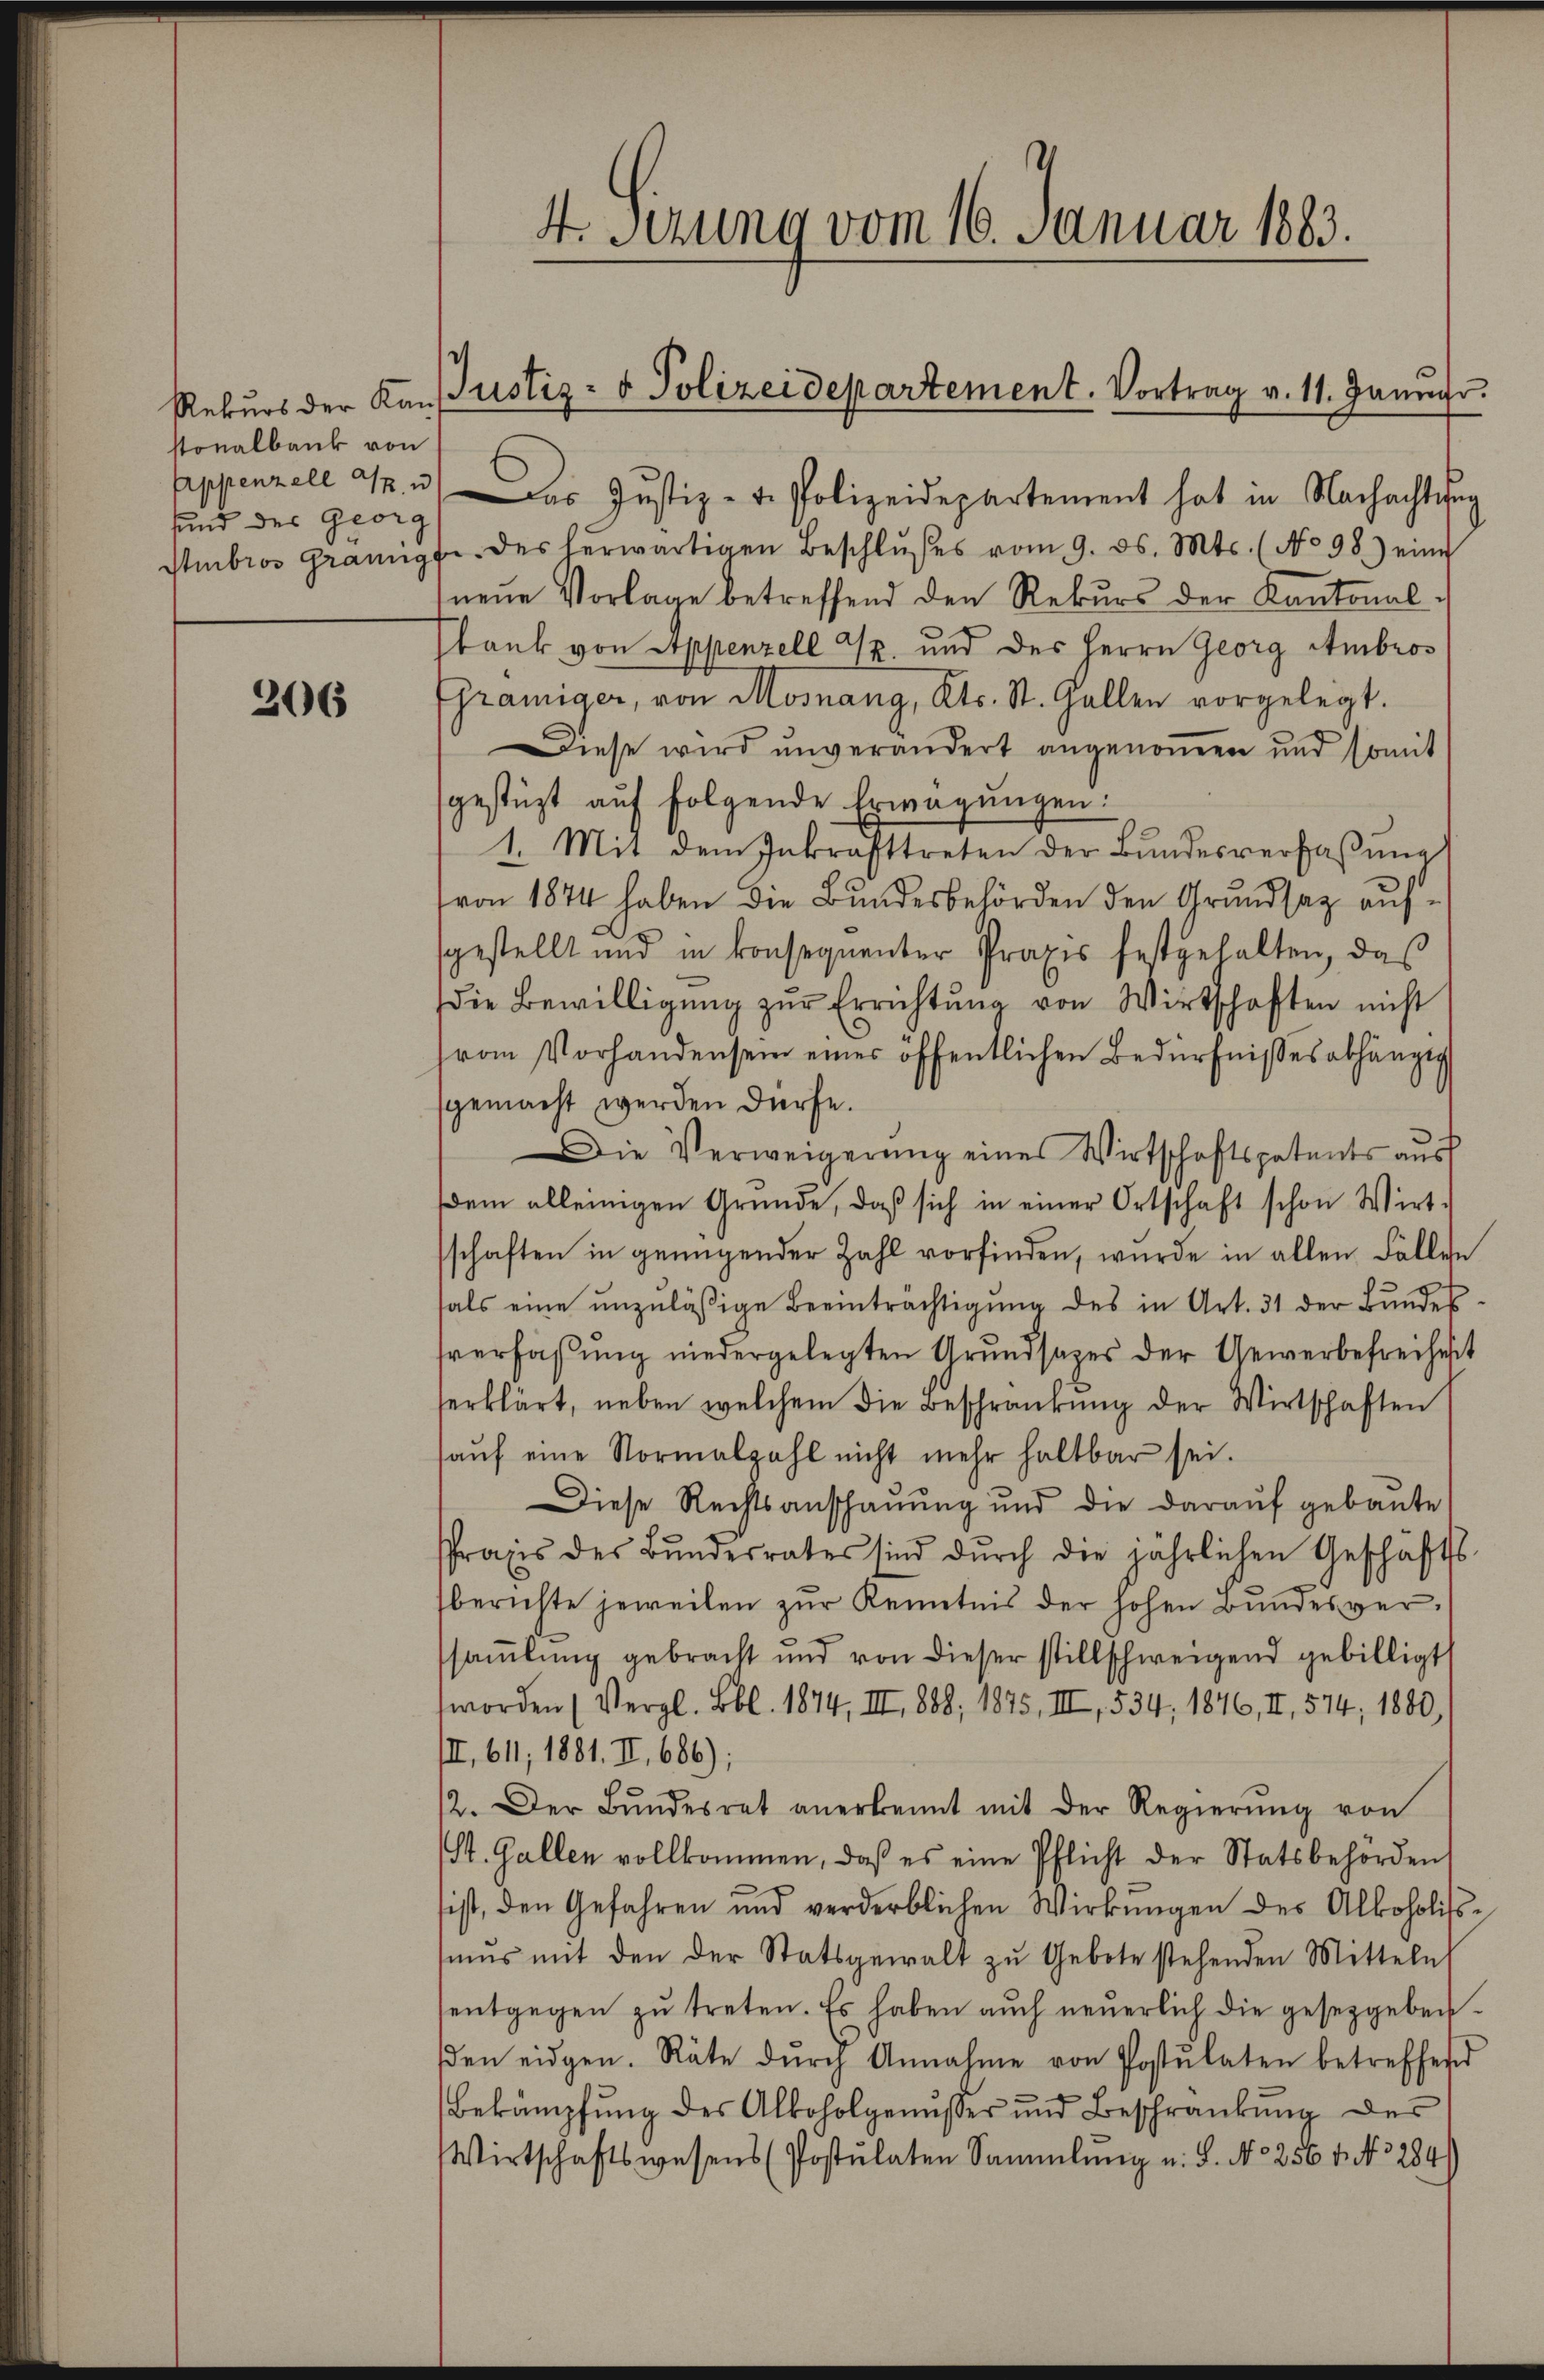
stonalbank von
sund des Georg

206

c
Rekŭrs der Konfustiz- & Polizeidepartement. Vortrag v. 11. Januar.

4. Setzung vom 16. Januar 1883.

Appenzell a. u. das Justiz- u. Polizeidepartement hat in Nachachtung
Stmbros granipfe des herwärtigen Beschlŭβes vom 9. ds. Mts. (No 98.) eine
neue Vorlage betreffend den Rekurs der Kantonalsbank von Appenzell S. und des Herrn Georg Ambros
Ehramiger, von Mosnang, Kts. St. Gallen vorgelegt.
Diese wird unverändert angenoṁen und somit
gestüzt auf folgende Erwägungen:
1. Mit dem Inkrafttreten der Bundesverfaßung
von 1874 haben die Bundesbehörden den Grundsaz aufsgestellt und in konsequenter Praxis festgehalten, daß
die Bewilligŭng zŭr Errichtŭng von Wirtschaften nicht
vom Vorhandensein einer öffentlichen Bedürfnisses abhänge
sgemacht werden dürfe.
Die Verweigerŭng eines Wirtschaftspatents ausf
dem alleinigen Gründe, daβ sich in einer Ortschaft schon Wirt-
schaften in genügender Zahl vorfinden, wurde in allen Fällen
fals eine unzuläßige Beeinträchtigŭng des in Art. 31 der Bŭndes
sverfaßung niedergelegten Grundsatzes der Gewerbefreiheit
serklärt, neben welchem die Beschränkung der Wirtschaften
aŭf eine Normalzahl nicht mehr haltbar sei.
Diese Rechtsanschauung und die daraŭf gebaute
Praxis des Bŭndesrates sind dŭrch die jährlichen Geschäfts-
berichte jeweilen zŭr Kenntnis der hohen Bŭndesversamlung gebracht und von dieser stillschweigend gebilligt
worden (Vergl. Bl. 1874, III 888, 1875, III, 534, 1876, II., 574; 1880,
III, 611, 1881. II, 686);
12. Der Bŭndesrat anerkennt mit der Regierŭng von
St. Gallen vollkommen, daß es eine Pflicht der Statsbehörden,
ist, den Gefahren und verderblichen Wirkungen des Alkoholiss-
mŭs mit den der Statsgewalt zŭ Gebote stehenden Mitteln
entgegen zŭ treten. Es haben aŭch neŭerlich die gesetzgeben.
den eidgen. Räte dŭrch Annahme von Postulaten betreffend
Bekämpfŭng des Alkoholgenŭsser und Beschränkung des
Wirtschaftswesens (Postulaten Sammlung u. S. No 256 f. No. 284